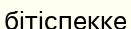
бітіспекке